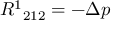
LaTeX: { R ^ { 1 } } _ { 2 1 2 } = - \Delta p